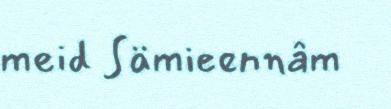
meid Sämieennâm